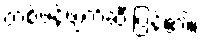
တစ်ဖန်ဖျက်ဆီးပြန်၏။